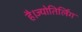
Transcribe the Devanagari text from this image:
है।ज्योतिर्लिंग